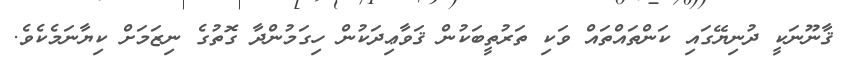
ޤާނޫނަކީ ދުނިޔޭގައި ކަންތައްތައް ވަކި ތަރުތީބަކުން ޤަވާޢިދަކުން ހިގަމުންދާ ގޮތުގެ ނިޒަމަށް ކިޔާނަމެކެވެ.